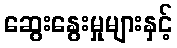
ဆွေးနွေးမှုများနှင့်